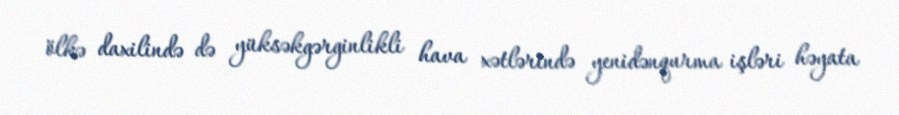
ölkə daxilində də yüksəkgərginlikli hava xətlərində yenidənqurma işləri həyata